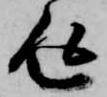
返